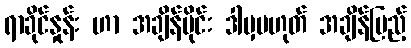
ရာခိုင်နှုန်း ဟာ အချိန်ပိုင်း ဒါမှမဟုတ် အချိန်ပြည့်